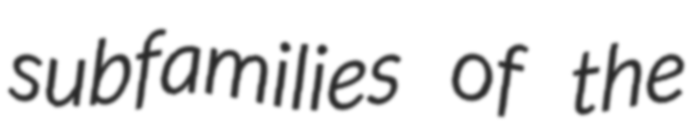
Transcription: subfamilies of the